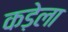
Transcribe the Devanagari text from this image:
कड़ेला